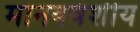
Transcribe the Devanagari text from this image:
मानववंशीय